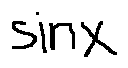
\sin x